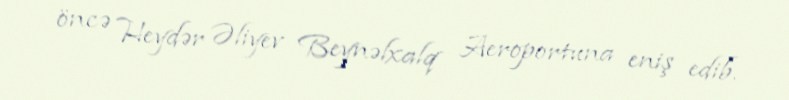
öncə Heydər Əliyev Beynəlxalq Aeroportuna eniş edib.